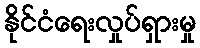
နိုင်ငံရေးလှုပ်ရှားမှု